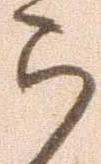
ら